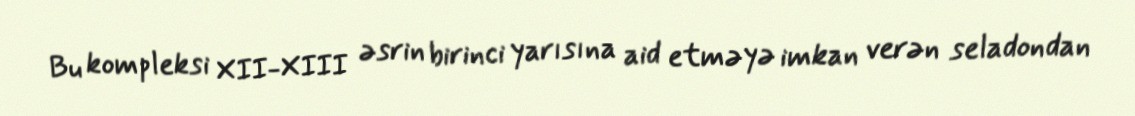
Bu kompleksi XII-XIII əsrin birinci yarısına aid etməyə imkan verən seladondan